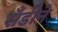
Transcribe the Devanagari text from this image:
सँडीने